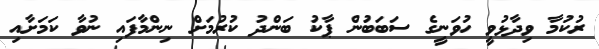
ރުކުމާ ވިދާޅުވީ ހުވަނީގެ ސަބަބުން ޕާކު ބަންދު ކުރުމަށް ނިންމާފައި ނުވާ ކަމަށާއި